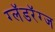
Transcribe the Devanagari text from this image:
ग्लॅडरॅग्ज